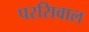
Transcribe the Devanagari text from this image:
परसिवाल